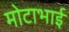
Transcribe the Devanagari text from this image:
मोटाभाई